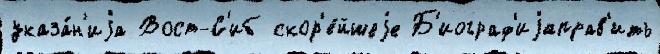
указа́н'иjа Вост-С'иб скор'е́йшеjе Б'иограф'иjаправ'ить